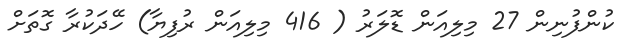
ކުންފުނިން 27 މިލިއަން ޑޮލަރު ( 416 މިލިއަން ރުފިޔާ) ހޭދަކުރާ ގޮތަށް